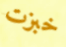
خبزت